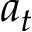
a _ { t }